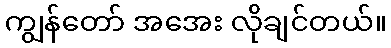
ကျွန်တော် အအေး လိုချင်တယ်။